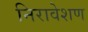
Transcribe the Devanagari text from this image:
निरावेशण